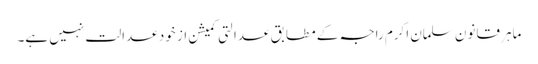
ماہرِ قانون سلمان اکرم راجہ کے مطابق عدالتی کمیشن از خود عدالت نہیں ہے۔